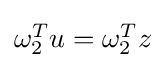
{\textstyle \omega _{2}^{T}u=\omega _{2}^{T}z}